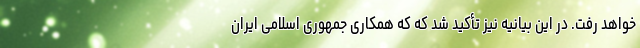
خواهد رفت. در این بیانیه نیز تأکید شد که که همکاری جمهوری اسلامی ایران